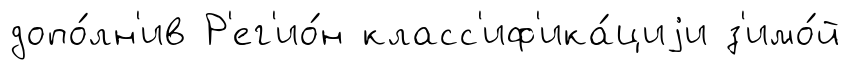
допо́лн'ив Р'ег'ио́н класс'иф'ика́циjи з'имо́й